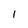
Character: 1